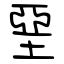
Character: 堊